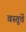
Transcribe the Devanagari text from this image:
वस्तूचें